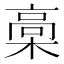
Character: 槀